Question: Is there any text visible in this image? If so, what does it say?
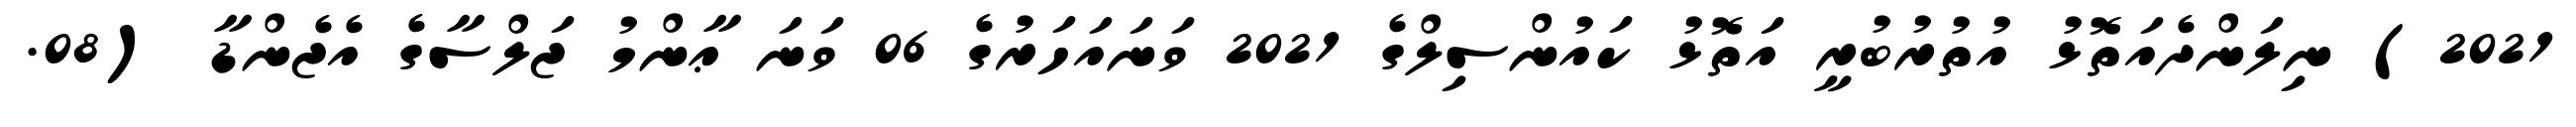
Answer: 2021) ނިލަންދެއަތޮޅު އުތުރުބުރީ އަތޮޅު ކައުންސިލްގެ 2021 ވަނައަހަރުގެ 06 ވަނަ ޢާންމު ޖަލްސާގެ އެޖެންޑާ (08.